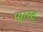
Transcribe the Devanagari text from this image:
फास्ट्